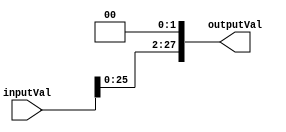
`timescale 1ns / 1ps
//////////////////////////////////////////////////////////////////////////////////
// Company: 
// Engineer: 
// 
// Design Name: 
// Module Name: TwoShift28Bit
// Project Name: 
// Target Devices: 
// Tool Versions: 
// Description: 
// 
// Dependencies: 
// 
// Revision:
// Revision 0.01 - File Created
// Additional Comments:
// 
//////////////////////////////////////////////////////////////////////////////////


module TwoShift28Bit(inputVal, outputVal);
    input[27:0] inputVal;
    output reg [27:0] outputVal;
    
    always@(*) outputVal <= inputVal << 2;
endmodule